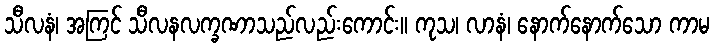
သီလနံ၊ အကြင် သီလနလက္ခဏာသည်လည်းကောင်း။ ကုသ၊ လာနံ၊ နောက်နောက်သော ကာမ